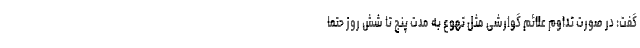
گفت: در صورت تداوم علائم گوارشی مثل تهوع به مدت پنج تا شش روز حتماً